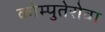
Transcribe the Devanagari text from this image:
कोम्पुतेरोवा